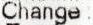
CHANGE :